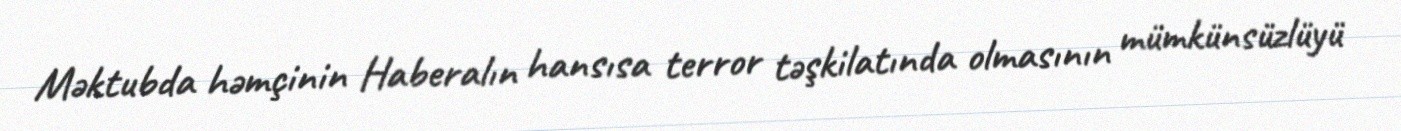
Məktubda həmçinin Haberalın hansısa terror təşkilatında olmasının mümkünsüzlüyü